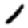
Digit: 1